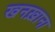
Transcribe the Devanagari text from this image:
खनख़ाना